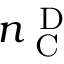
n _ { \mathrm { ~ C ~ } } ^ { \mathrm { ~ D ~ } }